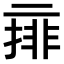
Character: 𠄽